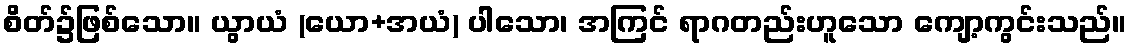
စိတ်၌ဖြစ်သော။ ယွာယံ (ယော+အယံ) ပါသော၊ အကြင် ရာဂတည်းဟူသော ကျော့ကွင်းသည်။